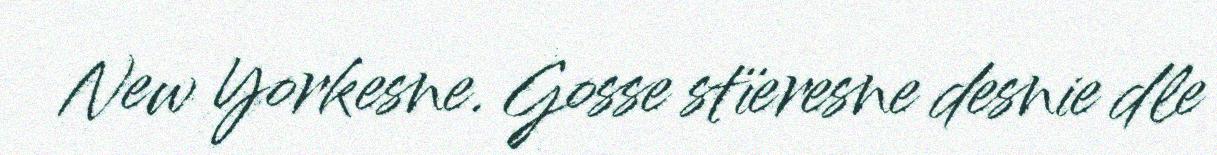
New Yorkesne. Gosse stïeresne desnie dle